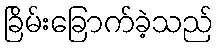
ခြိမ်းခြောက်ခဲ့သည်